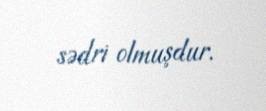
sədri olmuşdur.